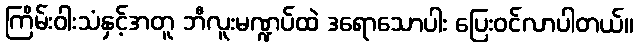
ကြိမ်းဝါးသံနှင့်အတူ ဘီလူးမဏ္ဍပ်ထဲ ဒရောသောပါး ပြေးဝင်လာပါတယ်။